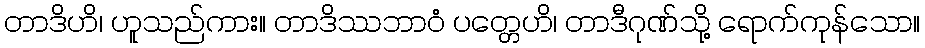
တာဒိဟိ၊ ဟူသည်ကား။ တာဒိဿဘာဝံ ပတ္တေဟိ၊ တာဒီဂုဏ်သို့ ရောက်ကုန်သော။